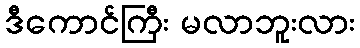
ဒီကောင်ကြီး မလာဘူးလား